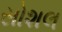
સોશલ